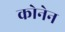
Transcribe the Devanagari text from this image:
कोनेन